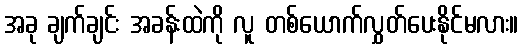
အခု ချက်ချင်း အခန်းထဲကို လူ တစ်ယောက်လွှတ်ပေးနိုင်မလား။